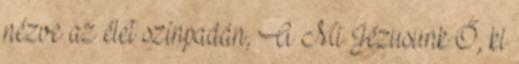
nézve az élet színpadán, A Mi Jézusunk Ő, ki